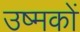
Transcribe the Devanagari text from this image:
उष्मकों